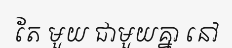
តែ មួយ ជាមួយគ្នា នៅ